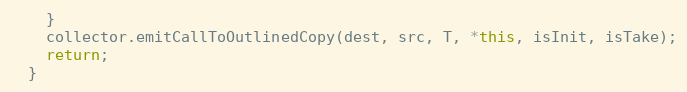
Language: C++
    }
    collector.emitCallToOutlinedCopy(dest, src, T, *this, isInit, isTake);
    return;
  }